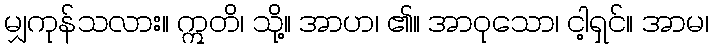
မျှကုန်သလား။ ဣတိ၊ သို့။ အာဟ၊ ၏။ အာဝုသော၊ ငါ့ရှင်။ အာမ၊